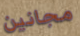
مجانين